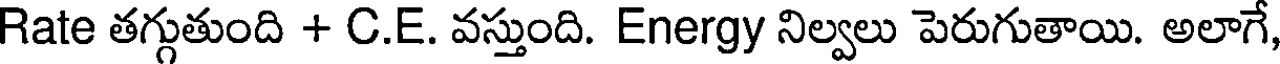
Rate తగ్గుతుంది + C.E. వస్తుంది. Energy నిల్వలు పెరుగుతాయి. అలాగే,